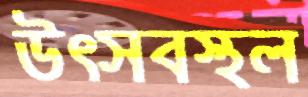
উৎসবস্থল